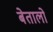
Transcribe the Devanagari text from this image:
बेतालो